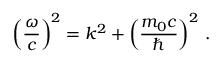
\left( { \frac { \omega } { c } } \right) ^ { 2 } = k ^ { 2 } + \left( { \frac { m _ { 0 } c } { \hbar } } \right) ^ { 2 } \, .